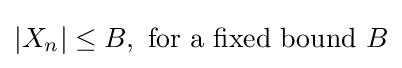
|X_{n}|\leq B,{\text{ for a fixed bound }}B